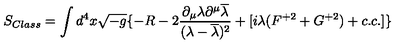
S _ { C l a s s } = \int d ^ { 4 } x \sqrt { - g } \{ - R - 2 \frac { \partial _ { \mu } \lambda \partial ^ { \mu } \overline { { \lambda } } } { ( \lambda - \overline { { \lambda } } ) ^ { 2 } } + [ i \lambda ( F ^ { + 2 } + G ^ { + 2 } ) + c . c . ] \}